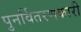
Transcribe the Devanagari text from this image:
पुनर्वितरणकारी